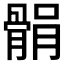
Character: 𩩐